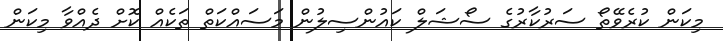
މިކަން ކުރެވޭތޯ ސަރުކާރުގެ ސޯޝަލް ކައުންސިލުން މަސައްކަތް ތަކެއް ކޮށް ދެއްވާ މިކަން